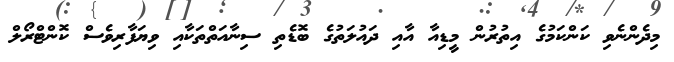
މިދެންނެވި ކަންކަމުގެ އިތުރުން މީޑިއާ އާއި ދައުލަތުގެ ބޮޑެތި ސިނާއަތްތަކާއި ވިޔަފާރިވެސް ކޮންޓްރޯލް